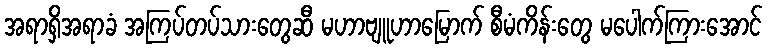
အရာရှိအရာခံ အကြပ်တပ်သားတွေဆီ မဟာဗျူဟာမြောက် စီမံကိန်းတွေ မပေါက်ကြားအောင်